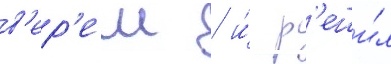
в'ер'еш / и́ р'еши́л